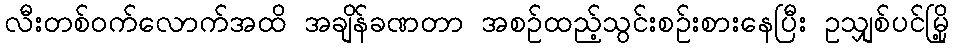
လီးတစ်ဝက်လောက်အထိ အချိန်ခဏတာ အစဉ်ထည့်သွင်းစဉ်းစားနေပြီး ဥသျှစ်ပင်မြို့